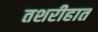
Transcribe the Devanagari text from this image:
तशरीहात